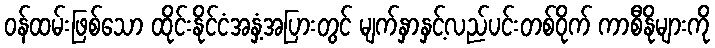
ဝန်ထမ်းဖြစ်သော ထိုင်းနိုင်ငံအနှံ့အပြားတွင် မျက်နှာနှင့်လည်ပင်းတစ်ဝိုက် ကာစီနိုများကို